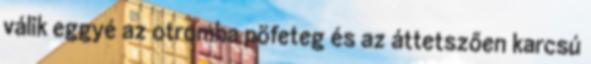
válik eggyé az otromba pöfeteg és az áttetszően karcsú